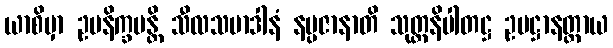
ယာစိမှာ ဥပနိက္ခမန္တိ သီလသမာဒါနံ နပ္ပဇာနာတိ သုတ္တနိပါတဋ္ဌ ဥပဋ္ဌာနတ္ထာယ